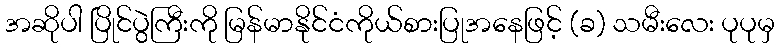
အဆိုပါ ပြိုင်ပွဲကြီးကို မြန်မာနိုင်ငံကိုယ်စားပြုအနေဖြင့် (ခ) သမီးလေး ပုပုမှ